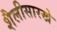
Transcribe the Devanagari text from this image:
शैलीसारखे